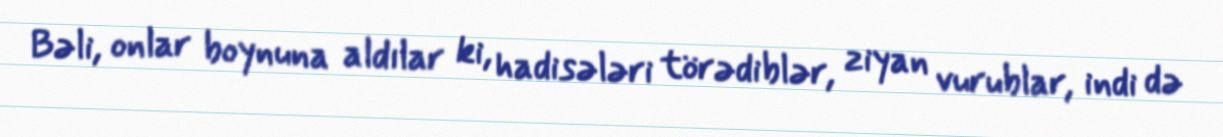
Bəli, onlar boynuna aldılar ki, hadisələri törədiblər, ziyan vurublar, indi də